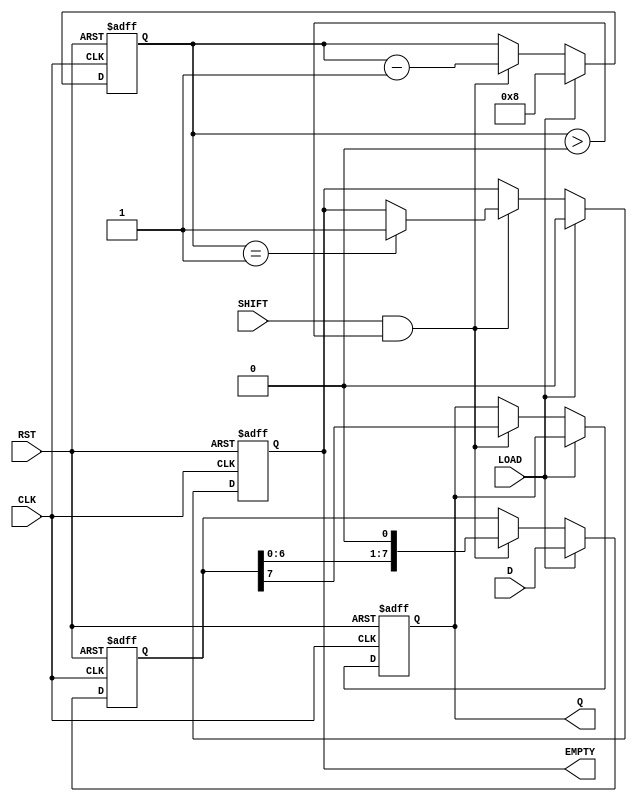
module PISO_Register #(
    parameter WIDTH = 8 // Configurable width of the register
)(
    input  wire [WIDTH-1:0] D,     // Parallel Data Input
    input  wire LOAD,               // Load Signal
    input  wire SHIFT,              // Shift Signal
    input  wire CLK,                // Clock Signal
    input  wire RST,                // Reset Signal
    output reg  Q,                  // Serial Output
    output reg  EMPTY               // Empty Signal
);

    reg [WIDTH-1:0] register;       // Internal register to hold data
    reg [3:0] count;                 // Counter to track shifted bits

    // Asynchronous reset
    always @(posedge CLK or posedge RST) begin
        if (RST) begin
            register <= 0;
            Q <= 0;
            count <= 0;
            EMPTY <= 1; // Register is empty after reset
        end else begin
            // Loading data
            if (LOAD) begin
                register <= D; // Load parallel data
                count <= WIDTH; // Reset count to width
                EMPTY <= 0; // Register is not empty
            end else if (SHIFT && count > 0) begin
                Q <= register[WIDTH - 1]; // Output MSB
                register <= {register[WIDTH-2:0], 1'b0}; // Shift left
                count <= count - 1; // Decrement count
                
                // Check if the register is empty after shifting
                if (count == 1) begin
                    EMPTY <= 1; // Register is empty after this shift
                end
            end
        end
    end

endmodule